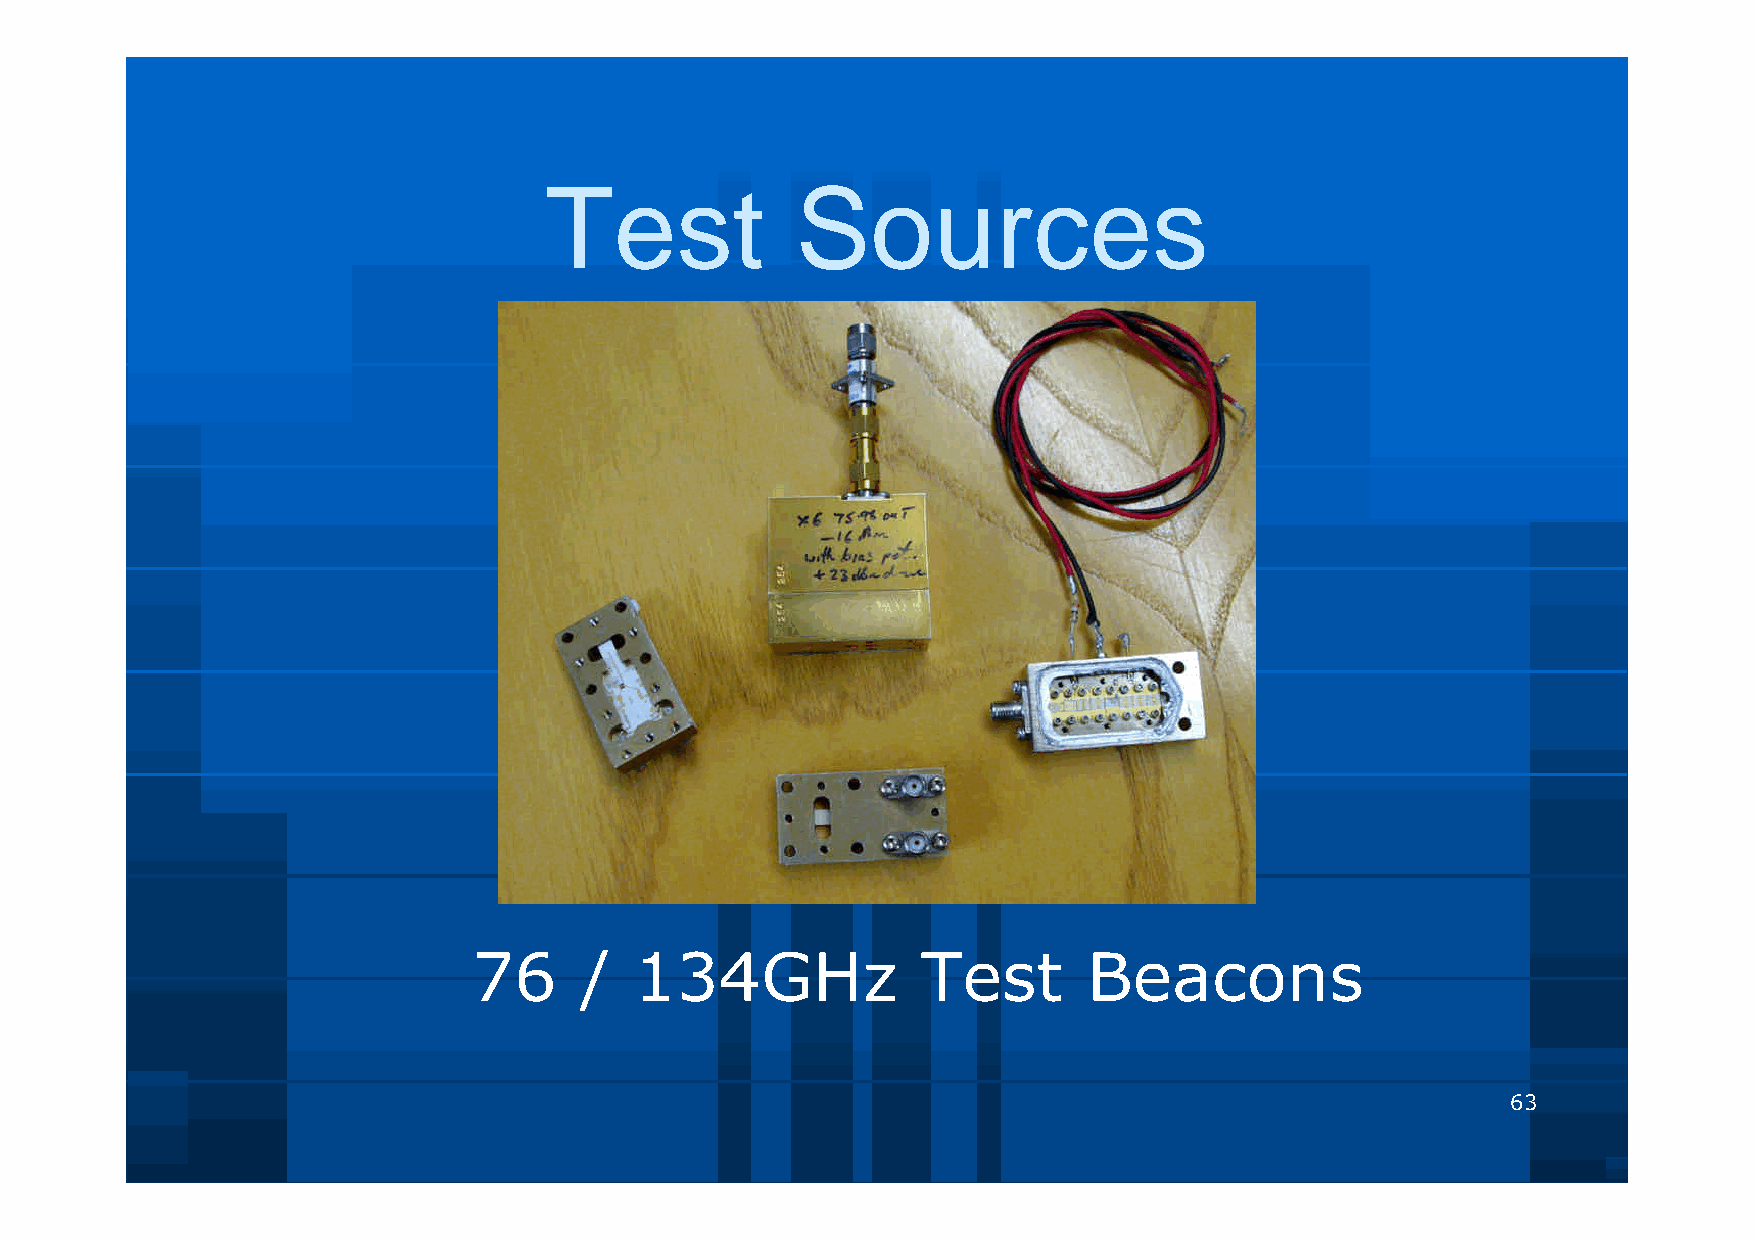
Test             Sources
 76     /   134GHz             Test       Beacons
 63